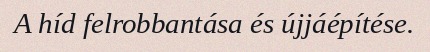
A híd felrobbantása és újjáépítése.